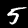
Digit: 5